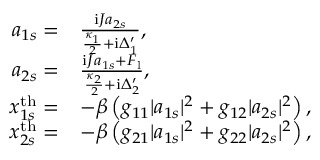
\begin{array} { r l } { a _ { 1 s } = } & { \frac { \mathrm { i } J a _ { 2 s } } { \frac { \kappa _ { 1 } } { 2 } + \mathrm { i } \Delta _ { 1 } ^ { \prime } } , } \\ { a _ { 2 s } = } & { \frac { \mathrm { i } J a _ { 1 s } + F _ { \mathrm { l } } } { \frac { \kappa _ { 2 } } { 2 } + \mathrm { i } \Delta _ { 2 } ^ { \prime } } , } \\ { x _ { 1 s } ^ { \mathrm { t h } } = } & { - \beta \left( g _ { 1 1 } | a _ { 1 s } | ^ { 2 } + g _ { 1 2 } | a _ { 2 s } | ^ { 2 } \right) , } \\ { x _ { 2 s } ^ { \mathrm { t h } } = } & { - \beta \left( g _ { 2 1 } | a _ { 1 s } | ^ { 2 } + g _ { 2 2 } | a _ { 2 s } | ^ { 2 } \right) , } \end{array}